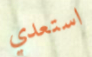
استعدي